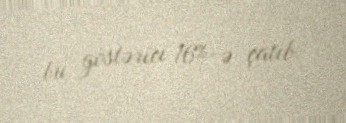
bu göstərici 16%-ə çatıb.